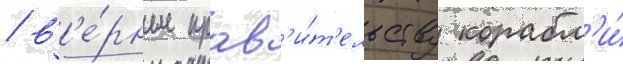
/ в'е́рные прав'и́т'ельству корабл'и́